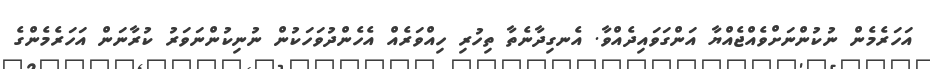
އަހަރެމެން ނުކުންނަށްވެއްޖެއްޔާ އަންގަވައިދެއްވާ. އެނގިދާނެތާ ތިހުރި ހިއްވަރެއް އެހެންދުވަހަކުން ނުނިކުންނަވަރު ކުރާނަން އަހަރެމެންގެ